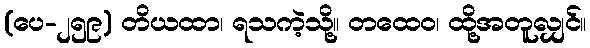
(ပေ-၂၅၉) တိယထာ၊ ရသကဲ့သို့။ တထေဝ၊ ထို့အတူလျှင်။